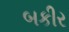
બકીર